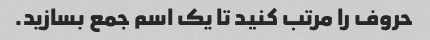
حروف را مرتب کنید تا یک اسم جمع بسازید.